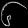
Digit: ၆